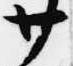
廿